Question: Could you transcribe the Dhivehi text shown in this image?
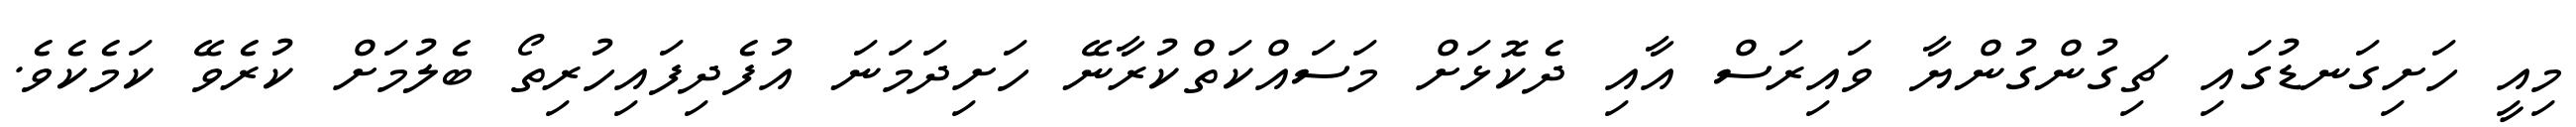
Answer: މިއީ ހަށިގަނޑުގައި ޗިގުންގުންޔާ ވައިރަސް އާއި ދެކޮޅަށް މަސައްކަތްކުރާނޭ ހަށިދަމަނަ އުފެދިފައިހުރިތޯ ބެލުމަށް ކުރެވޭ ކަމެކެވެ.